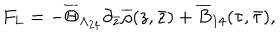
F _ { L } = - \overline { { { \Theta } } } _ { \Lambda _ { 2 4 } } \partial _ { \bar { z } } \overline { { { \rho } } } ( z , \bar { z } ) + \overline { { { B } } } _ { 1 4 } ( \tau , \bar { \tau } ) ,